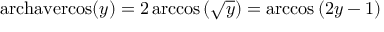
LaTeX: \operatorname { a r c h a v e r c o s } ( y ) = 2 \operatorname { a r c c o s } \left( { \sqrt { y } } \right) = \operatorname { a r c c o s } \left( 2 y - 1 \right)